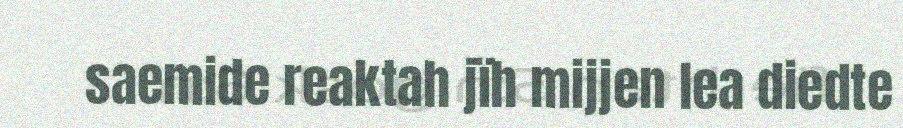
saemide reaktah jïh mijjen lea diedte